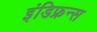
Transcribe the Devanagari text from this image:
इंडिफ्रन्स